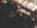
يحدث